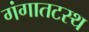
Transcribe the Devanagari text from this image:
गंगातटस्थ